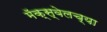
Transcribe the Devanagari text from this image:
मॅक्स्वेलच्या